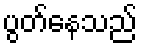
ပွတ်နေသည်